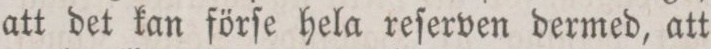
att det kan förſe hela reſerven dermed, att